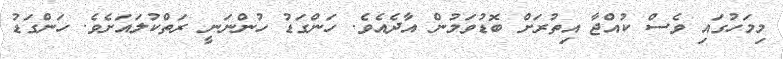
މިމަހުގައި ވެސް ކުއްޖާ އިތުރަށް ބޮޑުވަމުން އާދެއެވެ. ހަންގަޑު ހުންނަނީ ރަތްކުލައަށެވެ. ހަންގަޑު